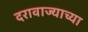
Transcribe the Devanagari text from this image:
दरावाज्याच्या